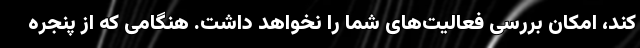
کند، امکان بررسی فعالیت‌های شما را نخواهد داشت. هنگامی که از پنجره